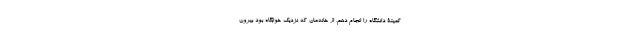
کمیتۀ دانشگاه را انجام دهم، از خانه‌مان که نزدیک خوابگاه بود بیرون